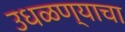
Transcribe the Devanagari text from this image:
उधळण्याचा